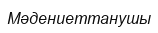
Мәдениеттанушы